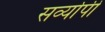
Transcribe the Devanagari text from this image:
सर्व्यापी